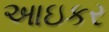
આઇકર